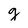
Character: g